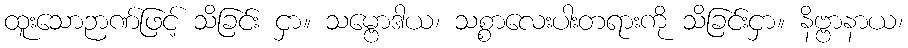
ထူးသောဉာဏ်ဖြင့် သိခြင်း ငှာ။ သမ္ဗောဒါယ၊ သစ္စာလေးပါးတရားကို သိခြင်းငှာ။ နိဗ္ဗာနာယ၊